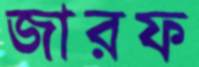
জারফ